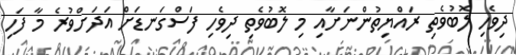
ދިވެހި ލޮބުވެތި ރައްޔިތުންނަށާއި މި ލޮބުވެތި ދިވެހި ފަސްގަނޑަށް އަދަށްވުރެ މާ ފަހި